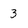
Character: 3